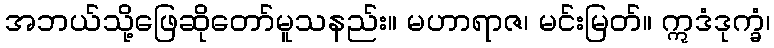
အဘယ်သို့ဖြေဆိုတော်မူသနည်း။ မဟာရာဇ၊ မင်းမြတ်။ ဣဒံဒုက္ခံ၊